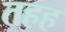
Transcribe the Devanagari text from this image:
तहह